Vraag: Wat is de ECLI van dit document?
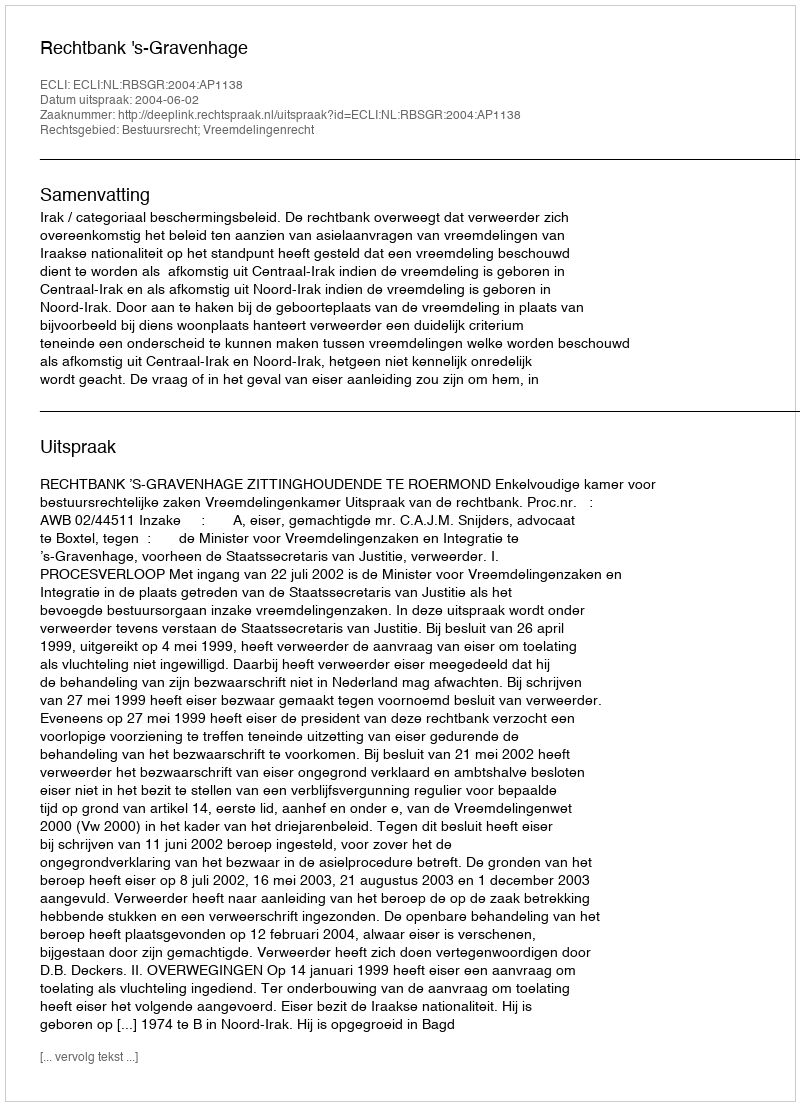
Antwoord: ECLI:NL:RBSGR:2004:AP1138